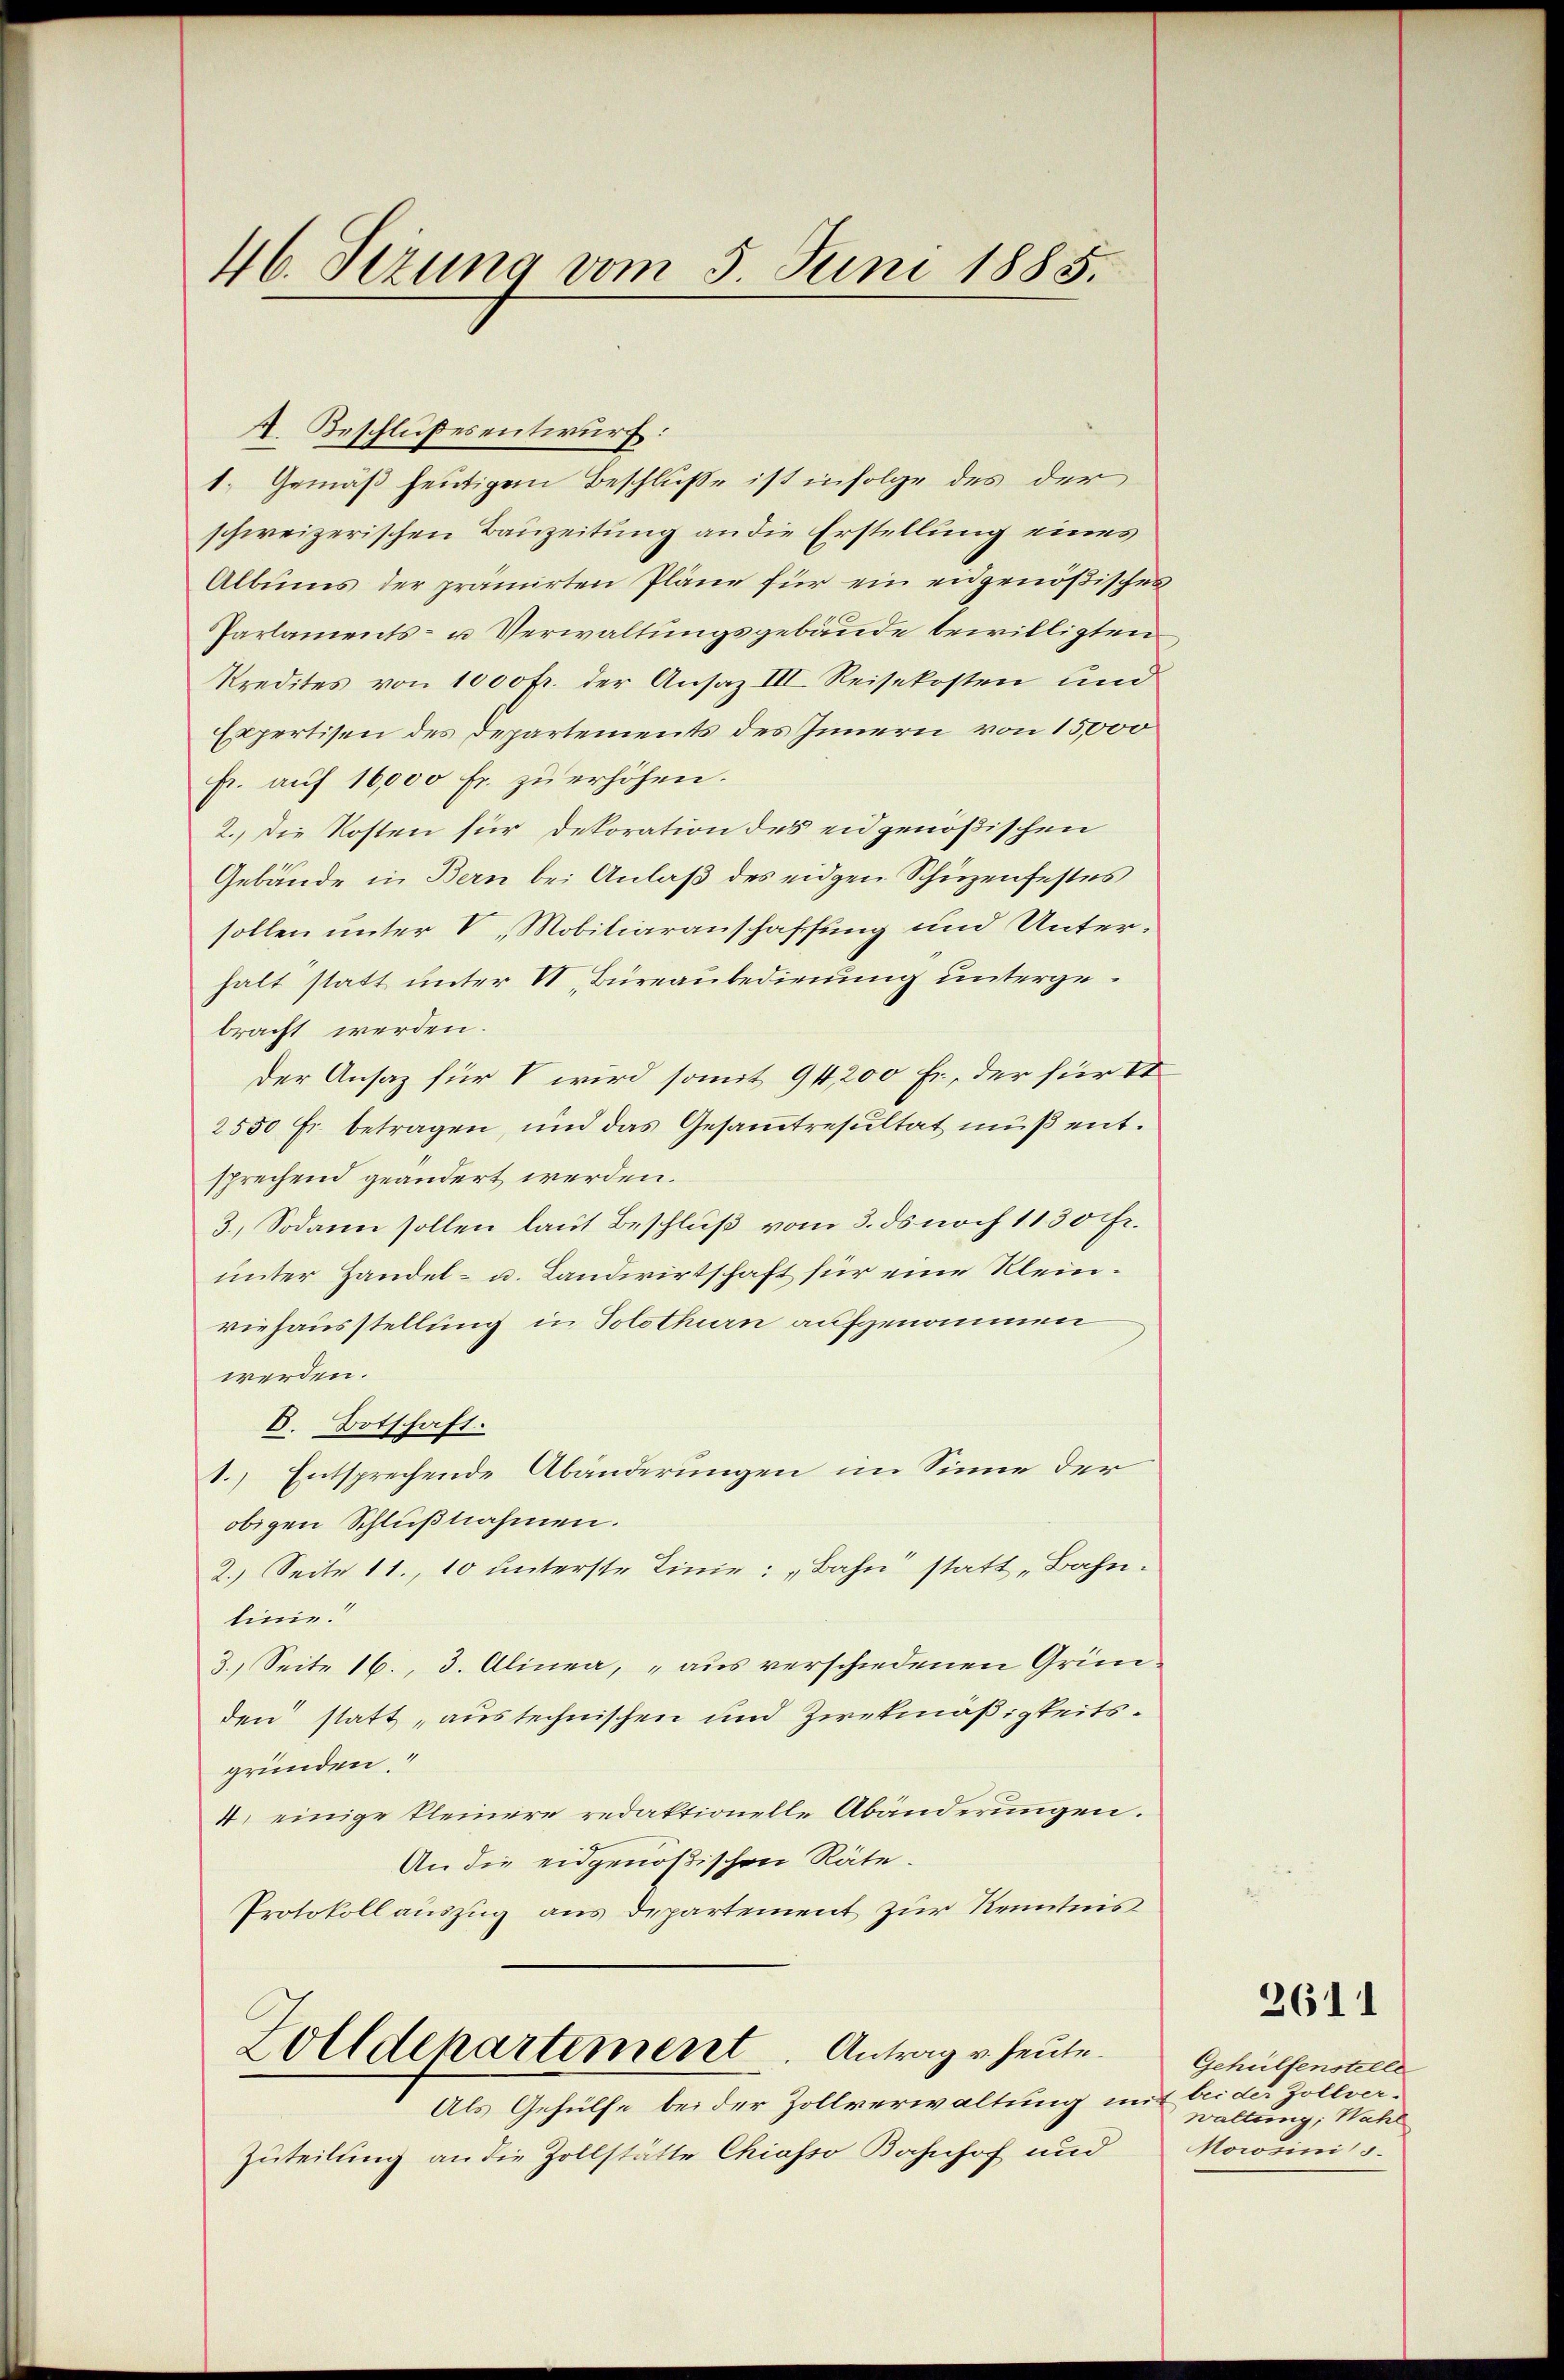
46. Sezung vom 5. Juni 1885.

A. Beschlußesentwurf:
1. Gemäß heutigem Beschluße ist infolge des der
schweizerischen Bauzeitung an die Erstellung eines
Albums der prämierten Pläne für ein eidgenößisches
Parlaments- u Verwaltungsgebäude bewilligten
Kredites von 1000 fr. der Ansaz III Reisekosten und
Expertisen des Departements des Innern von 15,000
fr. auf 16,000 Fr. zu erhöhen.
2. Die Kosten für Dekoration des eidgenößischen
Gebäude in Bern bei Anlaß des eidgen Schüzenfestes
sollen unter V. Mobiliaranschaffung und Unterhalt statt unter II, Büreaubedienung untergebracht werden.
der Ansaz für V wird somit 94,200 fr., der für St
2550 Fr. betragen, und das Gesamtresultat muß entsprechend geändert werden.
3.) Sodann sollen laut Beschluß vom 3. ds noch 1130 fr.
unter Handel- u. Landwirtschaft für eine Kleinviehausstellung in Solothurn aufgenommen
werden.
C. Botschaft.
1.) Entsprechende Abänderungen im Sinne der
obigen Schlußnahmen.
2.) Seite 11. 10 unterste Linie: „Bahn statt „Bahn.
linie.
3. Seite 16., 3. Alinea, „aus verschiedenen Gründen statt, aus technischen und Zwekmäßigkeitsgründen
4. einige kleinere redaktionelle Abänderŭngen.
An die eidgenößischen Räte.
Protokoll auszug aus Departement zur Kenntnis

Zolldepartement. Antrag u. heute.
Als Gehülfe bei der Zollverwaltung mit bei der Zollver-

Zuteilung an die Zollstätte Chiasso Bahnhof und

2611

Gehülfenstelle
waltung, Wahl
Norosinis